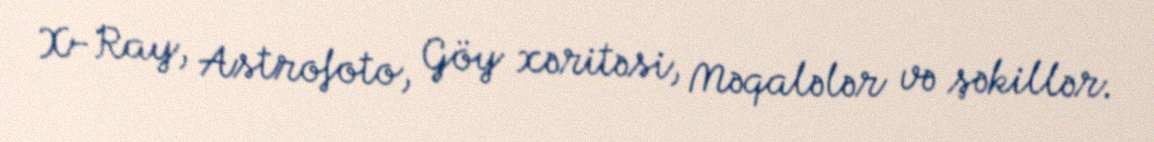
X-Ray, Astrofoto, Göy xəritəsi, Məqalələr və şəkillər.